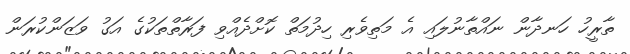
ތާރީހު ހަނދާން ނައްތާނުލައި އެ މަތިވެރި ހިދުމަތް ކޮށްދެއްވި ފަރާތްތަކުގެ އަގު ވަޒަންކުރަން